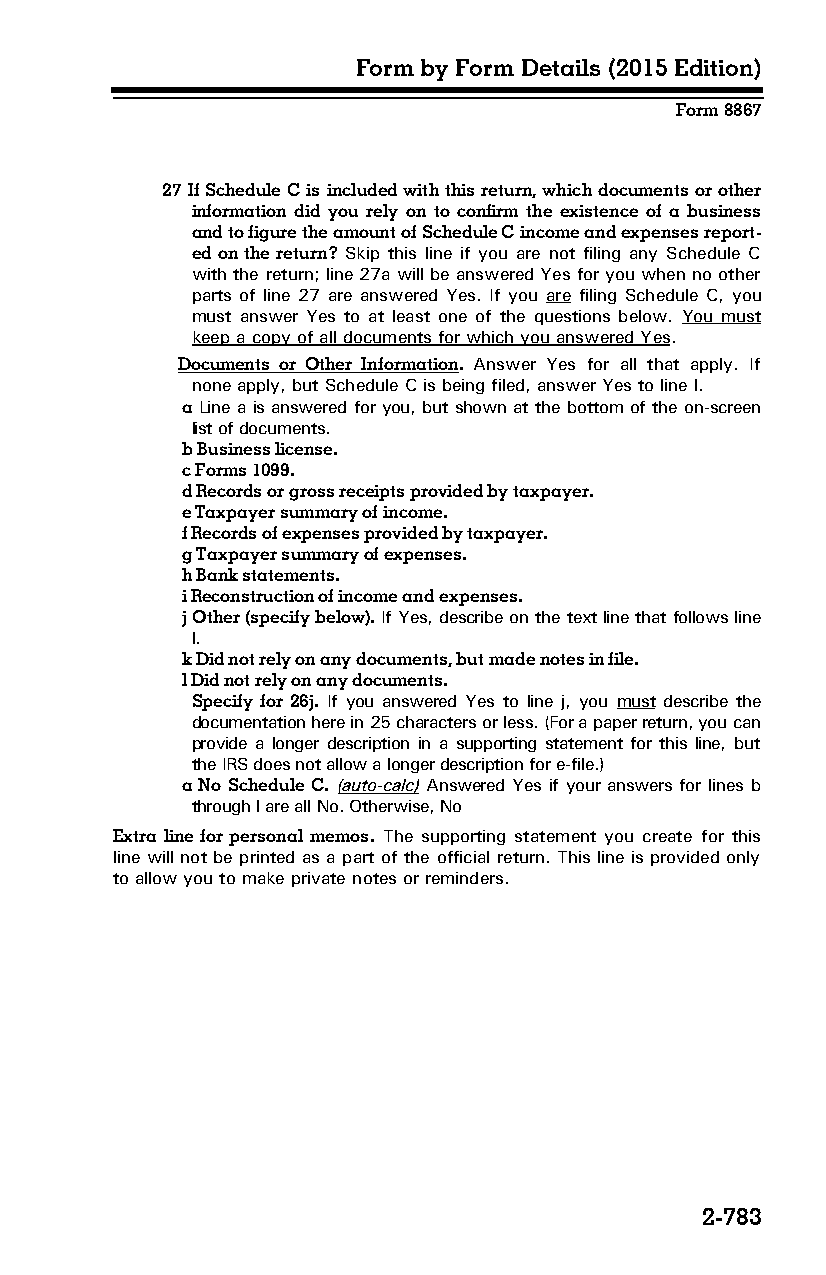
Form by Form Details (2015 Edition)
 Form 8867
 27 If Schedule C is included with this return, which documents or other
 information did you rely on to confirm the existence of a business
 and to figure the amount of Schedule C income and expenses report­
 ed on the return? Skip this line if you are not filing any Schedule C
 with the return; line 27a will be answered Yes for you when no other
 parts of line 27 are answered Yes. If you are filing Schedule C, you
 must answer Yes to at least one of the questions below. You must
 keep a copy of all documents for which you answered Yes.
 Documents or Other Information. Answer Yes for all that apply. If
 none apply, but Schedule C is being filed, answer Yes to line l.
 a Line a is answered for you, but shown at the bottom of the on-screen
 list of documents.
 b Business license.
 c Forms 1099.
 d Records or gross receipts provided by taxpayer.
 e Taxpayer summary of income.
 f Records of expenses provided by taxpayer.
 g Taxpayer summary of expenses.
 h Bank statements.
 i Reconstruction of income and expenses.
 j Other (specify below). If Yes, describe on the text line that follows line
 l.
 k Did not rely on any documents, but made notes in file.
 l Did not rely on any documents.
 Specify for 26j. If you answered Yes to line j, you must describe the
 documentation here in 25 characters or less. (For a paper return, you can
 provide a longer description in a supporting statement for this line, but
 the IRS does not allow a longer description for e-file.)
 a No Schedule C. (auto-calc) Answered Yes if your answers for lines b
 through l are all No. Otherwise, No
 Extra line for personal memos. The supporting statement you create for this
 line will not be printed as a part of the official return. This line is provided only
 to allow you to make private notes or reminders.
 2-783